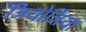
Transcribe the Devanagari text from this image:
जियोर्जिया